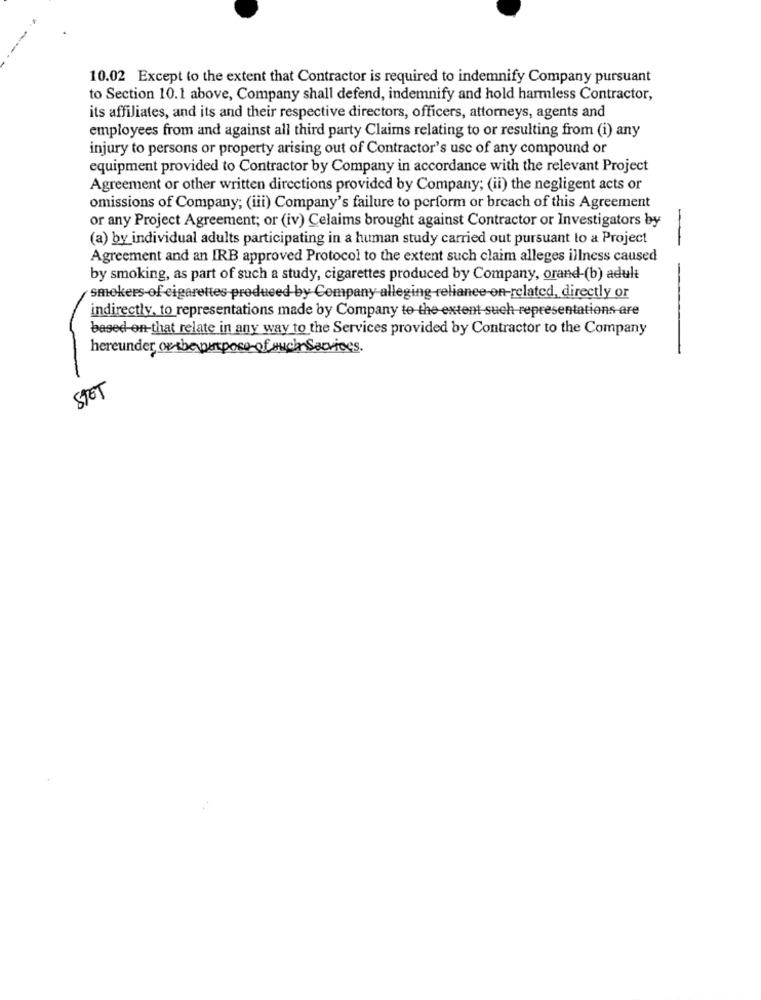
10.02 Except to the extent that Contractor is required to indemnify Company pursuant
to Section 10.1 above, Company shall defend, indemnify and hold harmless Contractor,
its affiliates, and its and their respective directors, officers, attorneys, agents and
employees from and against all third party Claims relating to or resulting from (i) any
injury to persons or property arising out of Contractor's use of any compound or
equipment provided to Contractor by Company in accordance with the relevant Project
Agreement or other written directions provided by Company; (ii) the negligent acts or
omissions of Company; (iii) Company's failure to perform or breach of this Agreement
or any Project Agreement; or (iv) Celaims brought against Contractor or Investigators by
(a) by individual adults participating in a human study carried out pursuant to a Project
--
Agreement and an IRB approved Protocol to the extent such claim alleges illness caused
by smoking, as part of such a study, cigarettes produced by Company, orand-(b) adult
smokers-of cigarettes produced by Company alleging reliance on-related, directly or
indirectly, to representations made by Company to the extent such representations are
based on-that relate in any way to the Services provided by Contractor to the Company
hereunder on the purpose-of auch Services.
STET